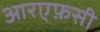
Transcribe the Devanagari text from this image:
आरएफ़सी